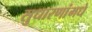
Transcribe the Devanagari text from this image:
सुधारणांमधे